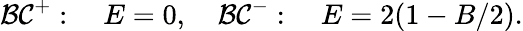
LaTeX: {\cal BC}^{+}:\quad E=0,\quad{\cal BC}^{-}:\quad E=2(1-B/2).